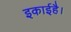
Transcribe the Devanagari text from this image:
इकाईहै।